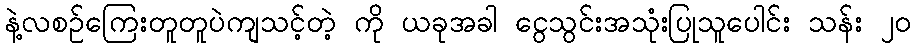
နဲ့လစဉ်ကြေးတူတူပဲကျသင့်တဲ့ ကို ယခုအခါ ငွေသွင်းအသုံးပြုသူပေါင်း သန်း ၂၀